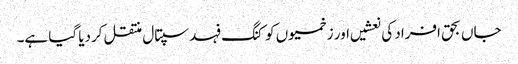
جاں بحق افراد کی نعشیں اور زخمیوں کو کنگ فہد سپتال منتقل کردیا گیا ہے۔